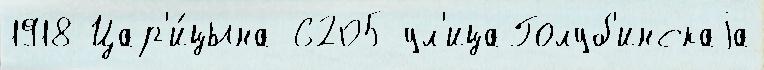
1918 Цар'и́цына 6205 ул'ицаГолуб'инскаjа